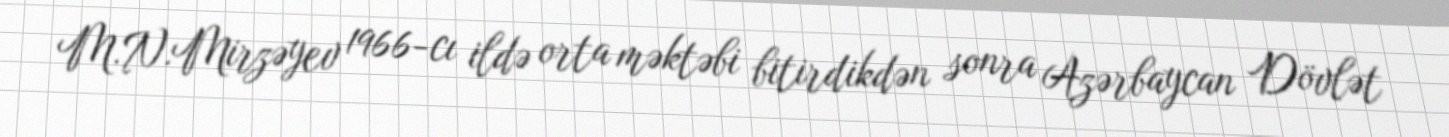
M.N.Mirzəyev 1966-cı ildə orta məktəbi bitirdikdən sonra Azərbaycan Dövlət